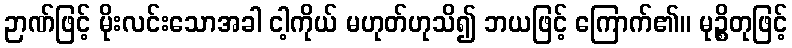
ဉာဏ်ဖြင့် မိုးလင်းသောအခါ ငါ့ကိုယ် မဟုတ်ဟုသိ၍ ဘယဖြင့် ကြောက်၏။ မုဉ္စိတုဖြင့်